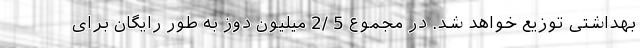
بهداشتی توزیع خواهد شد. در مجموع 5 /2 میلیون دوز به طور رایگان برای